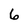
Character: 6